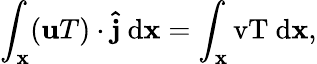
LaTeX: \int_{\mathbf{x}}(\textbf{{u}}T)\cdot\mathbf{{\hat{{j}}}}\ \mathrm{{{d}\mathbf{x}=\int_{\mathbf{x}}vT\ \mathrm{{{d}\mathbf{x},}}}}